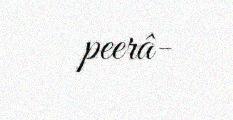
peerâ-